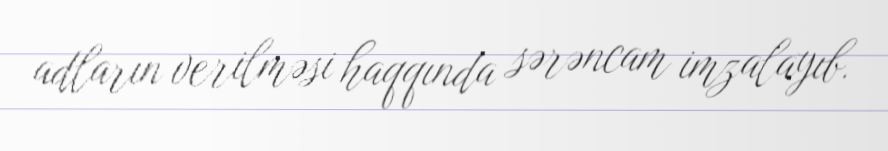
adların verilməsi haqqında sərəncam imzalayıb.